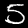
Label: 5